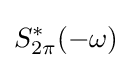
S_{2\pi }^{*}(-\omega )\!